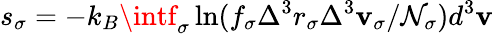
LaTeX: s_{\sigma}=-k_{B}\intf_{\sigma}\ln(f_{\sigma}\Delta^{3}r_{\sigma}\Delta^{3}\mathbf{v}_{\sigma}/\mathcal{N}_{\sigma})d^{3}\mathbf{v}